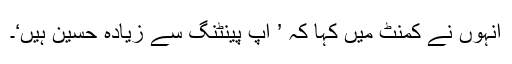
انہوں نے کمنٹ میں کہا کہ ’ آپ پینٹنگ سے زیادہ حسین ہیں‘۔